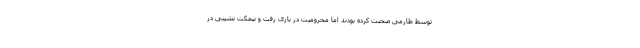
توسط طارمی صحبت کرده بودند اما محرومیت در بازی رفت و نیمکت نشینی در